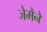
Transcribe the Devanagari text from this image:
जेमैने